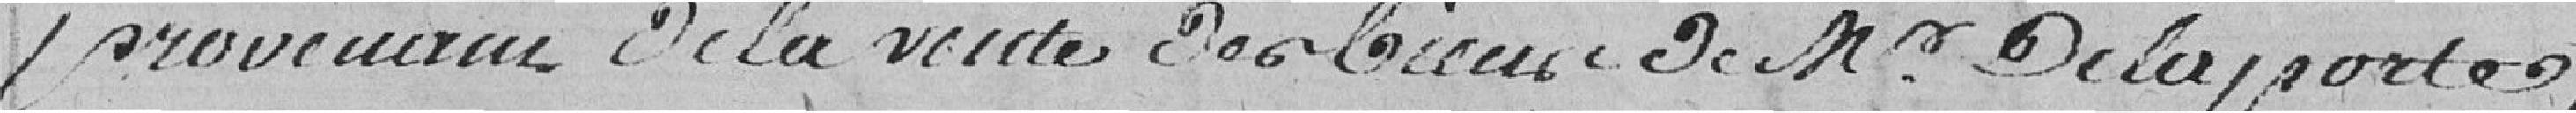
provenant de la vente des biens de Monsieur Delaporte